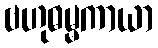
ဗဟုဓမ္မကာယာ